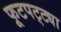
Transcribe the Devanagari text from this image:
फूटपट्ट्या